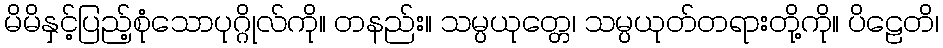
မိမိနှင့်ပြည့်စုံသောပုဂ္ဂိုလ်ကို။ တနည်း။ သမ္ပယုတ္တေ၊ သမ္ပယုတ်တရားတို့ကို။ ပိဠေတိ၊